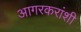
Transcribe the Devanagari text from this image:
आगरकरांशी